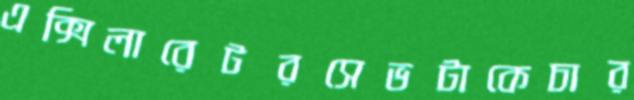
এক্সিলারেটরসেভটাকেচার